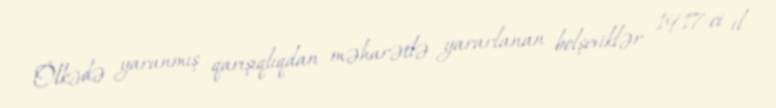
Ölkədə yaranmış qarışıqlıqdan məharətlə yararlanan bolşeviklər 1917-ci il